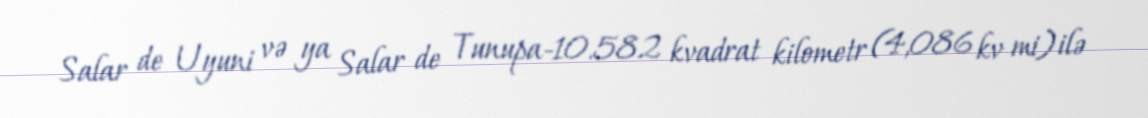
Salar de Uyuni və ya Salar de Tunupa-10.582 kvadrat kilometr (4,086 kv mi) ilə